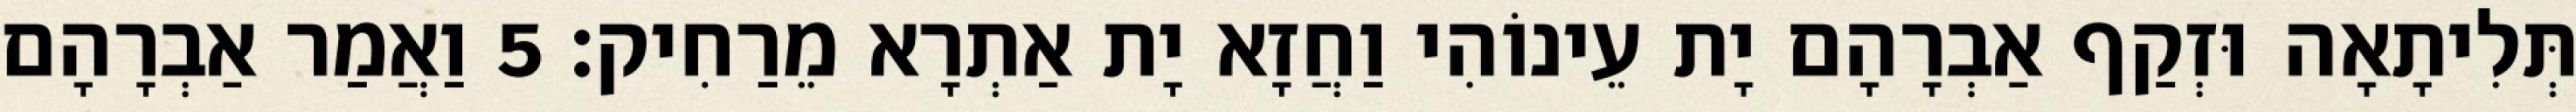
תְּלִיתָאָה וּזְקַף אַבְרָהָם יָת עֵינוֹהִי וַחֲזָא יָת אַתְרָא מֵרַחִיק׃ 5 וַאֲמַר אַבְרָהָם